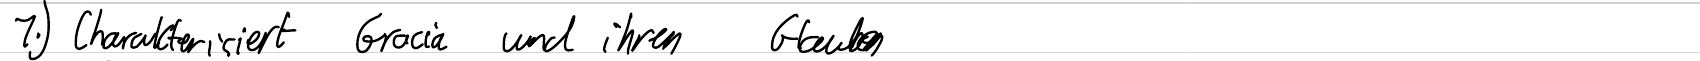
1.) Charakterisiert Gracia und ihren Glauben